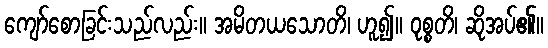
ကျော်စောခြင်းသည်လည်း။ အမိတယသောတိ၊ ဟူ၍။ ဝုစ္စတိ၊ ဆိုအပ်၏။